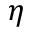
\eta